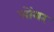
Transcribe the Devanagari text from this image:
लोंगर